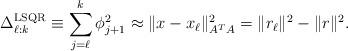
LaTeX: \begin{align*} \Delta^{\mathrm{LSQR}}_{\ell:k} \equiv \sum_{j=\ell}^{k}{\phi}_{j+1}^2 \approx \| x - x_{\ell} \|^2_{A^TA} = \| r_{\ell} \|^2 - \| r \|^2.\end{align*}